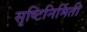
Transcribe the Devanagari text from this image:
सृष्टिनिर्मिती